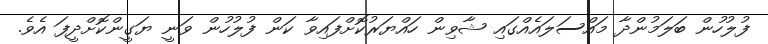
ފުލުހުން ބަލަމުންދާ މައްސަލައެއްގައި ޝާވިން ހައްޔަރުކޮށްފައިވާ ކަން ފުލުހުން ވަނީ ޔަގީންކޮށްދީފަ އެވެ.